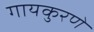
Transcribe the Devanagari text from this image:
गायकुरणे